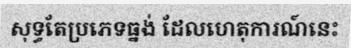
សុទ្ធតែប្រភេទធ្នង់ ដែលហេតុការណ៍នេះ